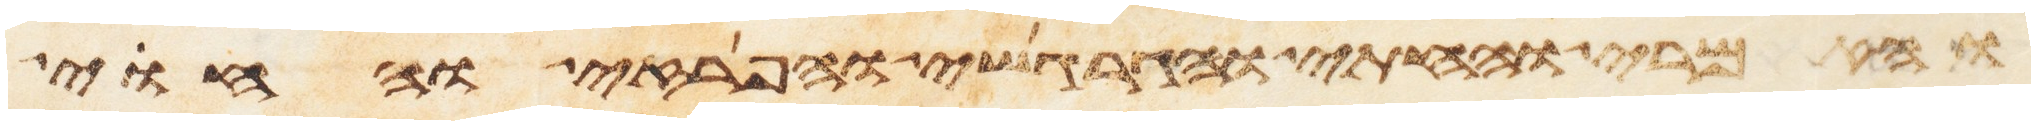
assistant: והאמרי והחתי והגרגשי והפרזי והחוי